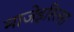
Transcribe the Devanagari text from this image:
माजेइरित्सा